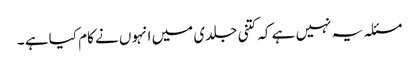
مسئلہ یہ نہیں ہے کہ کتنی جلدی میں انہوں نے کام کیا ہے ۔